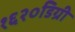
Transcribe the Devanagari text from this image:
१६२०डिग्री